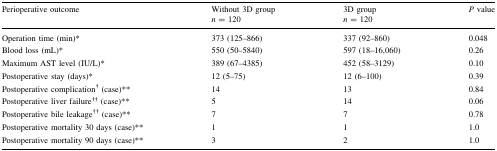
| <ROWSPAN=2> Perioperative outcome | Without 3D group | 3D group | <ROWSPAN=2> P value |
 | n = 120 | n = 120 |
 | --- | --- | --- | --- |
 | Operation time (min)* | 373 (125–866) | 337 (92–860) | 0.048 |
 | Blood loss (mL)* | 550 (50–5840) | 597 (18–16,060) | 0.26 |
 | Maximum AST level (IU/L)* | 389 (67–4385) | 452 (58–3129) | 0.10 |
 | Postoperative stay (days)* | 12 (5–75) | 12 (6–100) | 0.39 |
 | Postoperative complication† (case)** | 14 | 13 | 0.84 |
 | Postoperative liver failure†† (case)** | 5 | 14 | 0.06 |
 | Postoperative bile leakage†† (case)** | 7 | 7 | 0.78 |
 | Postoperative mortality 30 days (case)** | 1 | 1 | 1.0 |
 | Postoperative mortality 90 days (case)** | 3 | 2 | 1.0 |